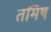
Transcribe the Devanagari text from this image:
तमिष